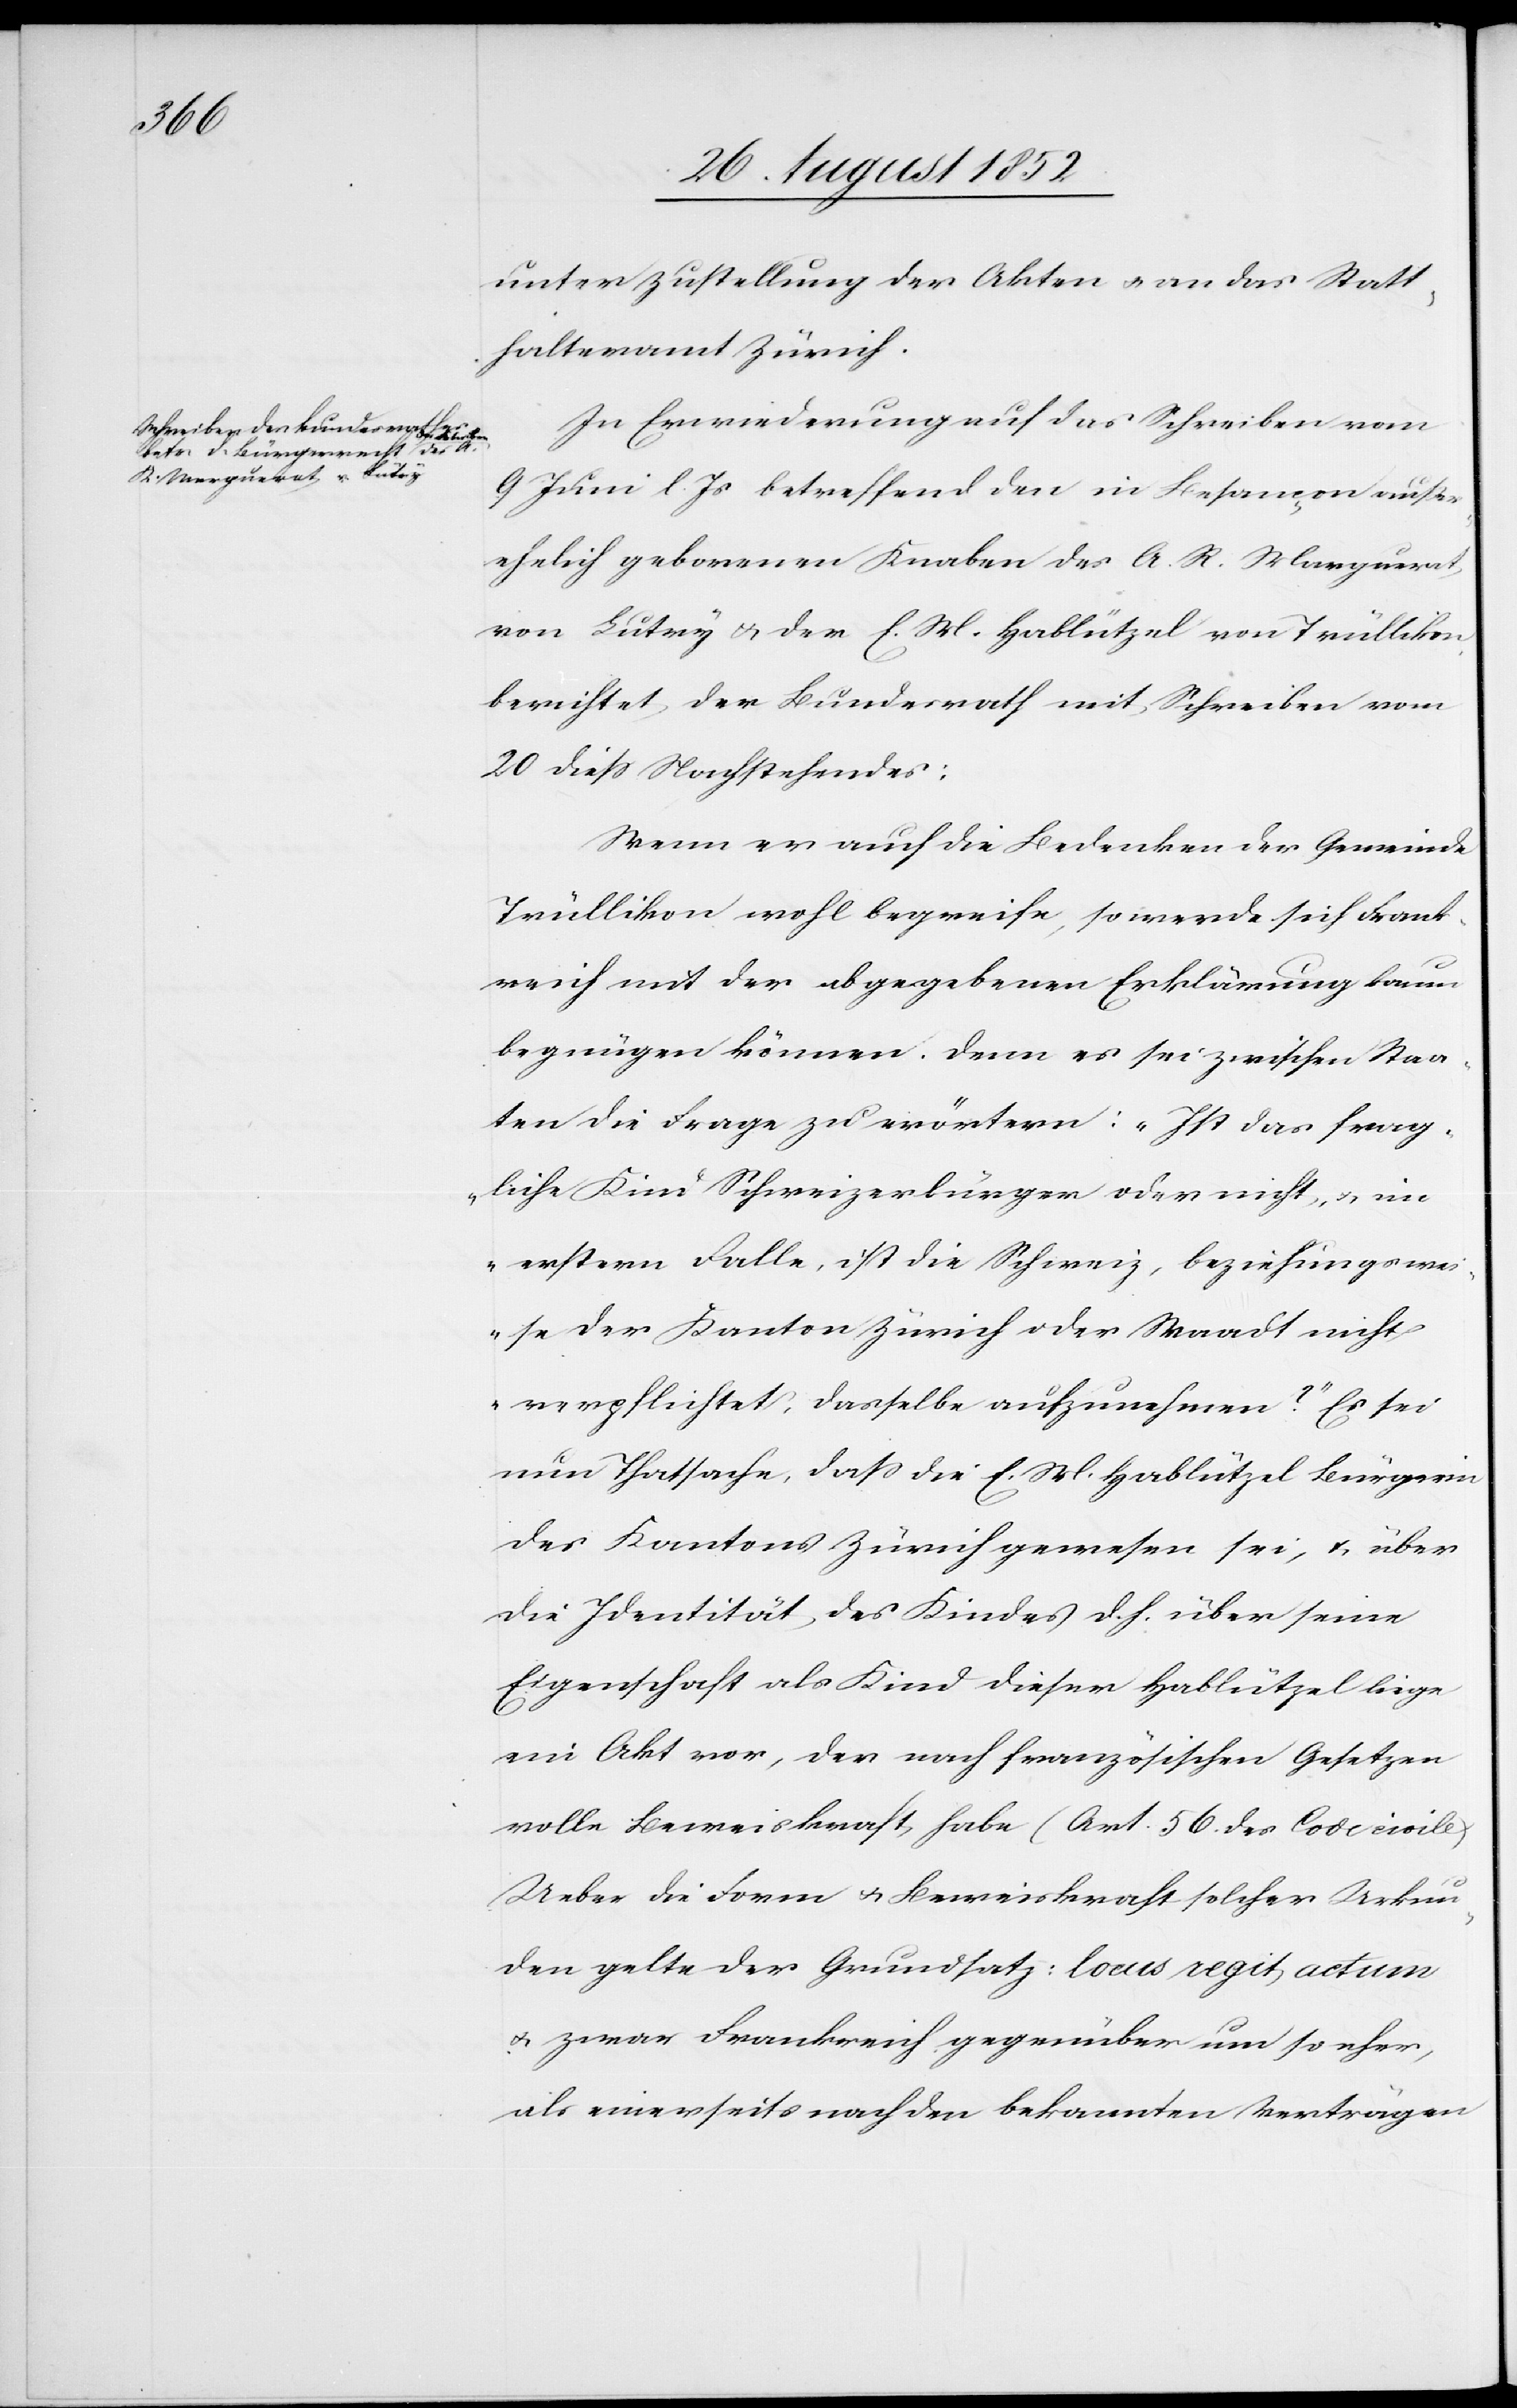
unter Zustellung der Akten & an das Statt¬
halteramt Zürich.
In Erwiederung auf das Schreiben vom
9 Juni l. Js betreffend den in Besançon außer¬
ehelich geborenen Knaben des A. R. Marguerat
von Lutry & der E. M. Hablützel von Trüllikon,
berichtet der Bundesrath mit Schreiben vom
20 diess Nachstehendes:
Wenn er auch die Bedenken der Gemeinde
Trüllikon wohl begreife, so werde sich Frank¬
reich mit der abgegebenen Erklärung kaum
begnügen können. Denn es sei zwischen Staa¬
ten die Frage zu erörtern: „Ist das frag¬
liche Kind Schweizerbürger oder nicht, & im
erstern Falle, ist die Schweiz, beziehungswei¬
se der Kanton Zürich oder Waadt nicht
verpflichtet, dasselbe aufzunehmen?“ Es sei
nun Thatsache, dass die E. M. Hablützel Bürgerin
des Kantons Zürich gewesen sei, & über
die Identität des Kindes d. h. über seine
Eigenschaft als Kind dieser Hablützel liege
ein Akt vor, der nach französischen Gesetzen
volle Beweiskraft habe (Art. 56. des Code civile)
Ueber die Form & Beweiskraft solcher Urkun¬
den gelte der Grundsatz: locus regit actum
& zwar Frankreich gegenüber um so eher,
als einerseits nach den bekannten Verträgen